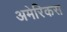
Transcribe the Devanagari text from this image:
अमेरिकस